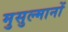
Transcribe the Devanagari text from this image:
मुसुल्मानों